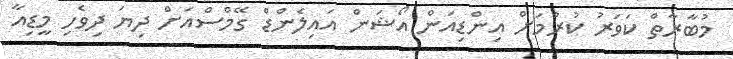
މުބާރާތް ކަވަރު ކުރުމަށް އިންޑިއަން އޯޝަން އައިލެންޑް ގޭމްސްއަށް ދިޔަ ދިވެހި މީޑިއާ